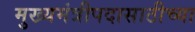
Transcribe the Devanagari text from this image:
मुख्यमंत्रीपदासाठीच्या